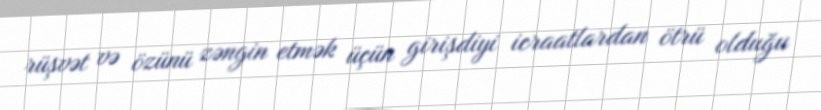
rüşvət və özünü zəngin etmək üçün girişdiyi icraatlardan ötrü olduğu